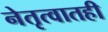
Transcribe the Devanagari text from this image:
नेतृत्वातही